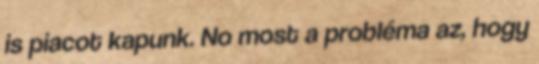
is piacot kapunk. No most a probléma az, hogy